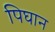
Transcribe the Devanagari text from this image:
पिघान